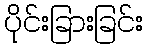
ပိုင်းခြားခြင်း